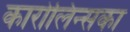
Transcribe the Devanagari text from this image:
कारोलिन्सका